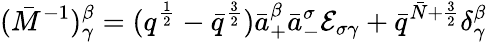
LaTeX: (\bar{M}^{-1})_{\gamma}^{\beta}=(q^{{\frac{1}{2}}}-\bar{q}^{{\frac{3}{2}}})\bar{a}_{+}^{\beta}\bar{a}_{-}^{\sigma}{\cal E}_{\sigma\gamma}+\bar{q}^{\bar{N}+{\frac{3}{2}}}\delta_{\gamma}^{\beta}